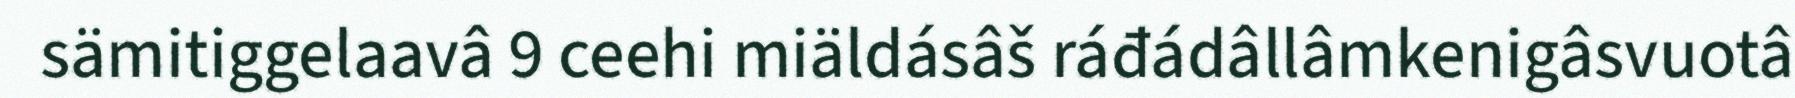
sämitiggelaavâ 9 ceehi miäldásâš ráđádâllâmkenigâsvuotâ